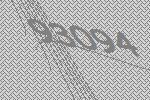
93094